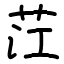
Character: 茳